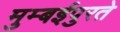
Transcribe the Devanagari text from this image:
मुम्बईपुरते